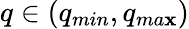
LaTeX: q\in(q_{min},q_{ma\mathbf{x}})